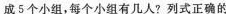
成5个小组，每个小组有几人?列式正确的